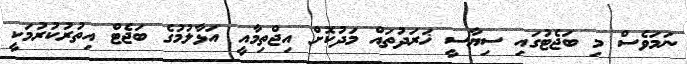
ނަމަވެސް މި ބަޖެޓުގައި ސިޔާސީ ޚަރަދުތައް މަދުކޮށް އިޖްތިމާއީ އަޅާލުމުގެ ބަޖެޓް އިތުރުކުރުމަކީ